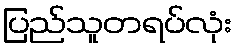
ပြည်သူတရပ်လုံး